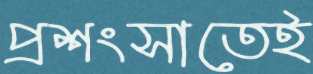
প্রশংসাতেই